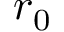
r _ { 0 }